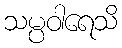
သမ္ပဝါရေသိ